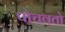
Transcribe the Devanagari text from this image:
पोचवतो